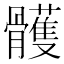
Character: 𩪭